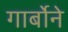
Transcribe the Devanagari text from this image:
गार्बोने